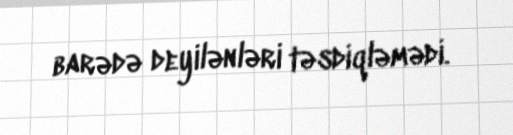
barədə deyilənləri təsdiqləmədi.